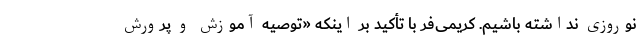
نوروزی نداشته باشیم. کریمی‌فر با تأکید بر اینکه «توصیه آموزش و پرورش